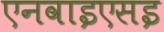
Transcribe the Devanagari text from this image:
एनवाइएसइ